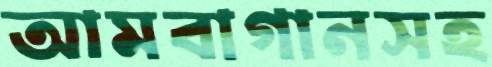
আমবাগানসহ